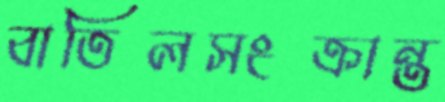
বাতিলসংক্রান্ত